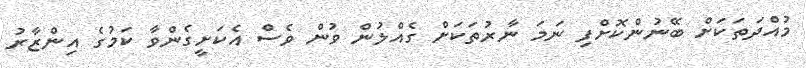
މުއްދަތަކަށް ބޭނުންކޮށްފި ނަމަ ނާރުތަކަށް ގެއްލުން ވުން ވެސް އެކަށީގެންވާ ކަމުގެ އިންޒާރު